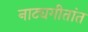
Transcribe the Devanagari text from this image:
नाट्यगीतांत